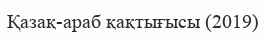
Қазақ-араб қақтығысы (2019)